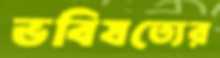
ভবিষত্যের